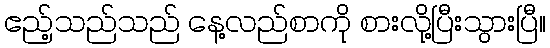
ဧည့်သည်သည် နေ့လည်စာကို စားလို့ပြီးသွားပြီ။